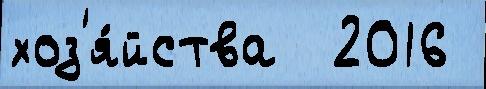
хоз'я́йства  2016